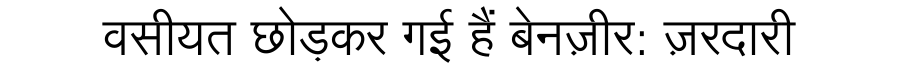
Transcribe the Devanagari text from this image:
वसीयत छोड़कर गई हैं बेनज़ीर: ज़रदारी